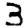
Digit: 3